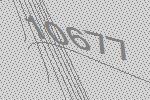
10677